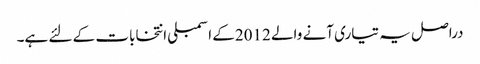
دراصل یہ تیاری آنے والے 2012کے اسمبلی انتخابات کے لئے ہے۔